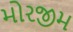
મોરજીમ